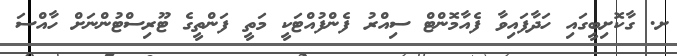
ށ. ގާކޮށިބީގައި ހަދާފައިވާ ފެއާމޮންޓް ސިއްރު ފެންފުއްޓަކީ މަތީ ފަންތީގެ ޓޫރިސްޓުންނަށް ހާއްސަ